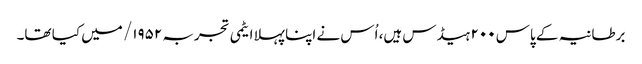
برطانیہ کے پاس ۲۰۰ ہیڈس ہیں، اُس نے اپنا پہلا ایٹمی تجربہ ۱۹۵۲/ میں کیا تھا۔